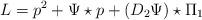
LaTeX: \begin{align*}L = p^{2} + \Psi\star p + (D_{2}\Psi)\star \Pi_{1}\end{align*}